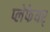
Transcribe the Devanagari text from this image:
प्लेफेयर्